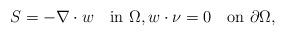
LaTeX: \begin{align*} S = - \nabla\cdot w\quad\mbox{in }\Omega,w\cdot\nu = 0\quad\mbox{on }\partial\Omega,\end{align*}